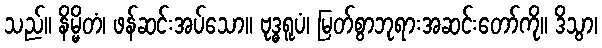
သည်။ နိမ္မိတံ၊ ဖန်ဆင်းအပ်သော။ ဗုဒ္ဓရူပံ၊ မြတ်စွာဘုရားအဆင်းတော်ကို။ ဒိသွာ၊